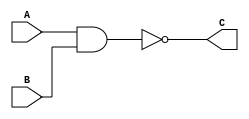
module nand_2(A, B, C);

	input A, B;
	output C;
	
	assign C = (~(A & B));
	
endmodule